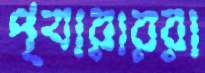
প্যারাররা